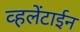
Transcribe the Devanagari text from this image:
व्हलेंटाईन